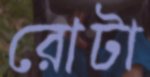
রোটা